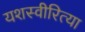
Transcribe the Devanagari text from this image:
यशस्‍वीरित्‍या